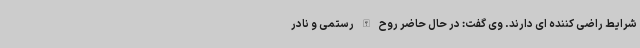
شرایط راضی کننده ای دارند. وی گفت: در حال حاضر روح الله رستمی و نادر